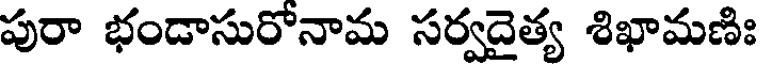
పురా భండాసురోనామ సర్వదైత్య శిఖామణిః